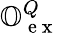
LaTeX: \mathbb{O}_{\mathrm{~e~x~}}^{Q}